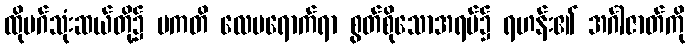
ထိုမဂ်သုံးဆယ်တို့၌ ပကတိ လေမရောက်ရာ စွတ်စိုသောအရပ်၌ ရဟန်း၏ အင်္ဂါဇာတ်ကို